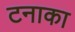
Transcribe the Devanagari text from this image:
टनाका